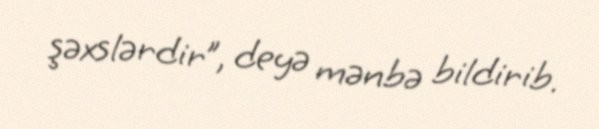
şəxslərdir”, deyə mənbə bildirib.